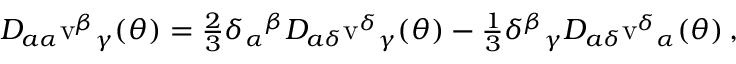
D _ { a \alpha } \mathrm { v } ^ { \beta } { } _ { \gamma } ( \theta ) = \textstyle { \frac { 2 } { 3 } } \delta _ { \alpha } { } ^ { \beta } D _ { a \delta } \mathrm { v } ^ { \delta } { } _ { \gamma } ( \theta ) - \textstyle { \frac { 1 } { 3 } } \delta ^ { \beta } { } _ { \gamma } D _ { a \delta } \mathrm { v } ^ { \delta } { } _ { \alpha } ( \theta ) \, ,